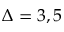
\Delta = 3 , 5